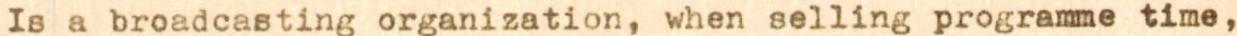
Is a broadcasting organization, when selling programme time,